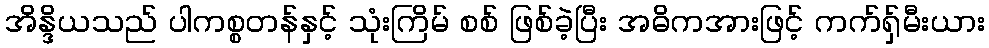
အိန္ဒိယသည် ပါကစ္စတန်နှင့် သုံးကြိမ် စစ် ဖြစ်ခဲ့ပြီး အဓိကအားဖြင့် ကက်ရှ်မီးယား